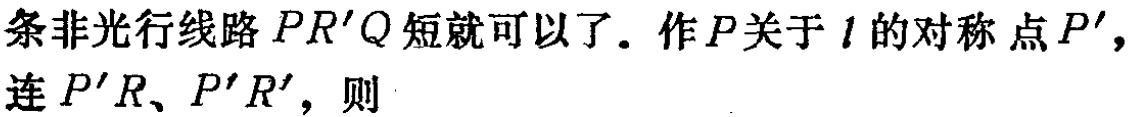
条非光行线路 \(PR'Q\) 短就可以了. 作 \(P\) 关于 \(l\) 的对称点 \(P'\)，连 \(P'R\)、\(P'R'\)，则